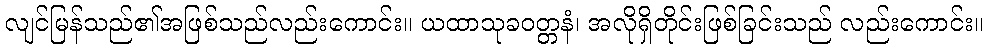
လျင်မြန်သည်၏အဖြစ်သည်လည်းကောင်း။ ယထာသုခဝတ္တနံ၊ အလိုရှိတိုင်းဖြစ်ခြင်းသည် လည်းကောင်း။